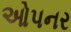
ઓપનર